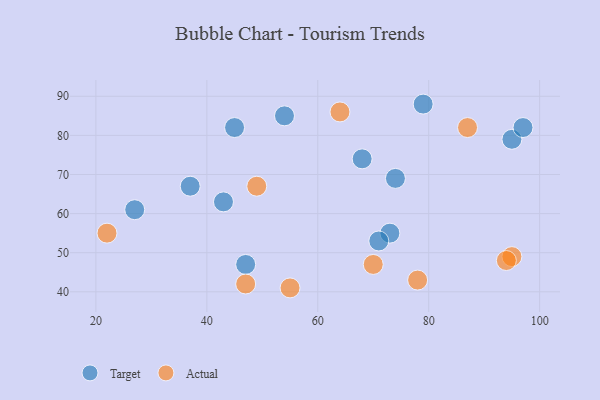
{"axis": {"x": "GDP", "y": "Life Expectancy"}, "legend": ["Actual", "Target"], "data": [{"x": "68", "y": 74, "type": "Target"}, {"x": "37", "y": 67, "type": "Target"}, {"x": "74", "y": 69, "type": "Target"}, {"x": "95", "y": 79, "type": "Target"}, {"x": "54", "y": 85, "type": "Target"}, {"x": "27", "y": 61, "type": "Target"}, {"x": "97", "y": 82, "type": "Target"}, {"x": "73", "y": 55, "type": "Target"}, {"x": "47", "y": 47, "type": "Target"}, {"x": "43", "y": 63, "type": "Target"}, {"x": "79", "y": 88, "type": "Target"}, {"x": "45", "y": 82, "type": "Target"}, {"x": "71", "y": 53, "type": "Target"}, {"x": "78", "y": 43, "type": "Actual"}, {"x": "95", "y": 49, "type": "Actual"}, {"x": "55", "y": 41, "type": "Actual"}, {"x": "22", "y": 55, "type": "Actual"}, {"x": "94", "y": 48, "type": "Actual"}, {"x": "49", "y": 67, "type": "Actual"}, {"x": "47", "y": 42, "type": "Actual"}, {"x": "64", "y": 86, "type": "Actual"}, {"x": "70", "y": 47, "type": "Actual"}, {"x": "87", "y": 82, "type": "Actual"}]}